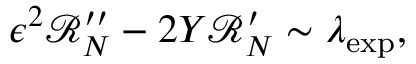
\epsilon ^ { 2 } \mathcal { R } _ { N } ^ { \prime \prime } - 2 Y \mathcal { R } _ { N } ^ { \prime } \sim \lambda _ { \mathrm { e x p } } ,